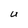
Character: U